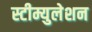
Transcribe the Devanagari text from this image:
स्टीम्युलेशन